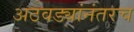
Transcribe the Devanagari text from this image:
अठवड्यांनंतरच